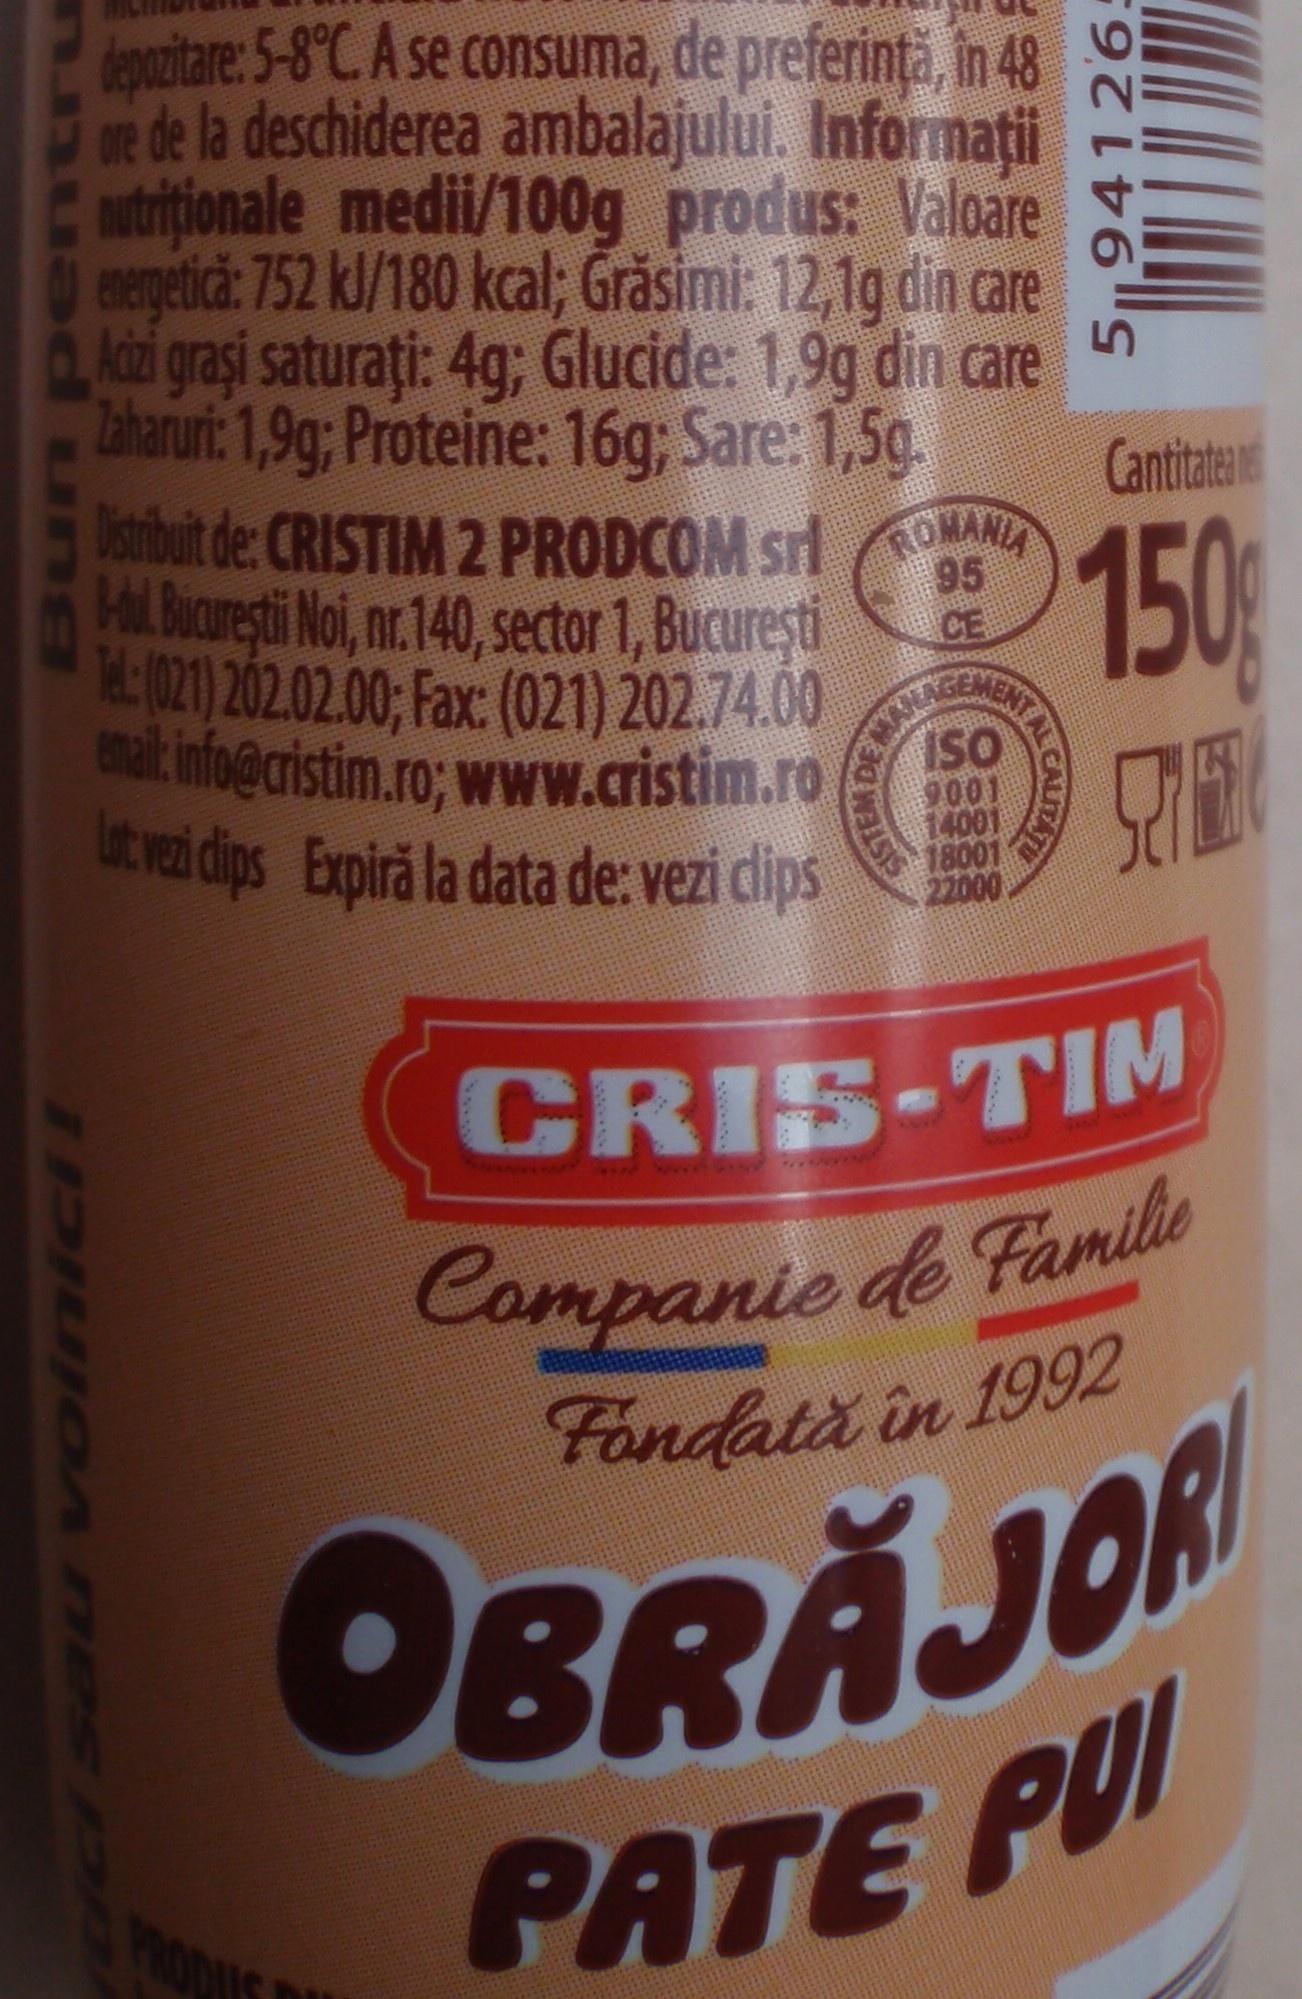
leparitare: 5-8°C. A se consuma, de preferință, în 48 e de la deschiderea ambalajului. Informații utritionale medii/100g produs: Valoare erergetica: 752 kl/180 kcal; Grăsimi: 12,1g din care Acai grași saturați: 4g; Glucide: 1,9g din care 5 Zaharuri: 1,9g; Proteine: 16g; Sare: 1,5g. Dstibuit de: CRISTIM 2 PRODCOM srl OMANIA Hil Bicaresti Noi, nr.140, sector 1, București L:021) 202.02.00; Fax: (021) 202.74.00 malk info@cristim.ro; www.cristim.ro ut ver dips Expiră la data de: vezi clips
Cantitaten
150
95
REEMENTA
ISO 9001 14001 18001 22000
CRIS-TIM
ww
Companie de Fanle Fondată in 1992
OBRĂJOR PATE PUI
Uvoinici!
Bun pent u
GISTEM
AL CALITAT
5,94126: